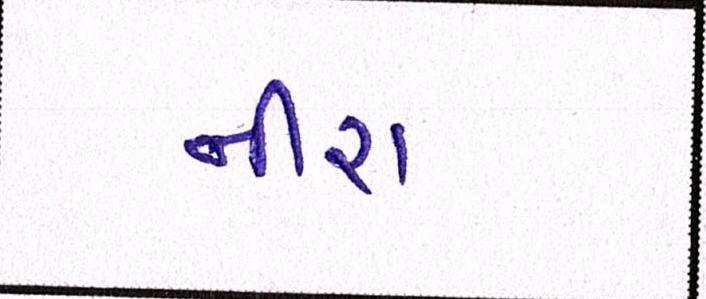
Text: નીરા